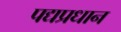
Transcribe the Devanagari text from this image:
पद्यप्रधान